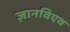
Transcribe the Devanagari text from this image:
ज़ानविएव